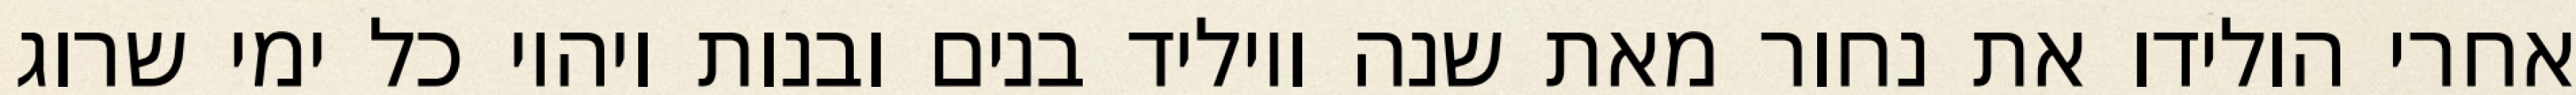
אחרי הולידו את נחור מאת שנה ויוליד בנים ובנות ויהיו כל ימי שרוג